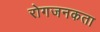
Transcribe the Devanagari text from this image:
रोगजनकता